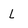
Character: L